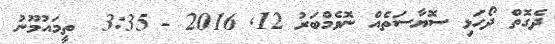
ދެގޮތް ދޯހަޅި ސޮޔާސަތެއް ނޮވެމްބަރު 12